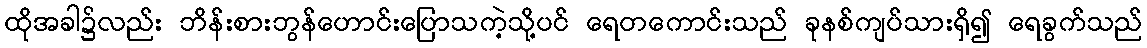
ထိုအခါ၌လည်း ဘိန်းစားဘွန်ဟောင်းပြောသကဲ့သို့ပင် ရေတကောင်းသည် ခုနစ်ကျပ်သားရှိ၍ ရေခွက်သည်